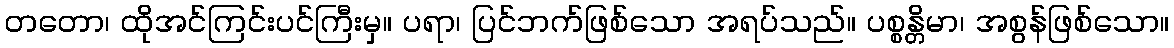
တတော၊ ထိုအင်ကြင်းပင်ကြီးမှ။ ပရာ၊ ပြင်ဘက်ဖြစ်သော အရပ်သည်။ ပစ္စန္တိမာ၊ အစွန်ဖြစ်သော။